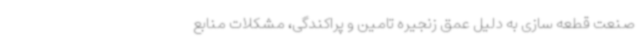
صنعت قطعه سازی به دلیل عمق زنجیره تامین و پراکندگی، مشکلات منابع